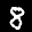
Label: 8